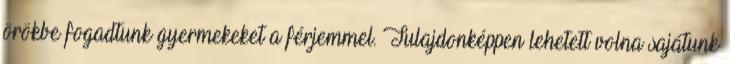
örökbe fogadtunk gyermekeket a férjemmel. Tulajdonképpen lehetett volna sajátunk